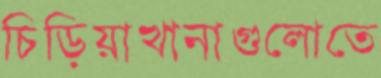
চিড়িয়াখানাগুলোতে